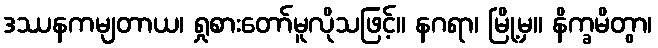
ဒဿနကမျတာယ၊ ရှုစားတော်မူလိုသဖြင့်။ နဂရာ၊ မြို့မှ။ နိက္ခမိတွာ၊